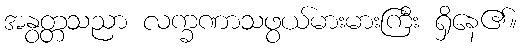
အနွတ္တသညာ လက္ခဏာသဖွယ်မားမားကြီး ရှိနေ၏။